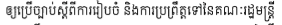
ឲ្យប្រើច្បាប់ស្តីពីការរៀបចំ និងការប្រព្រឹត្តទៅនៃគណៈរដ្ឋមន្រ្តី